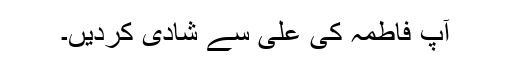
آپ فاطمہ کی علی سے شادی کردیں۔